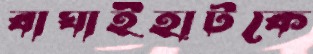
বাঘাইহাটকে